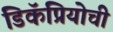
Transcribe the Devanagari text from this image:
डिकॅप्रियोची